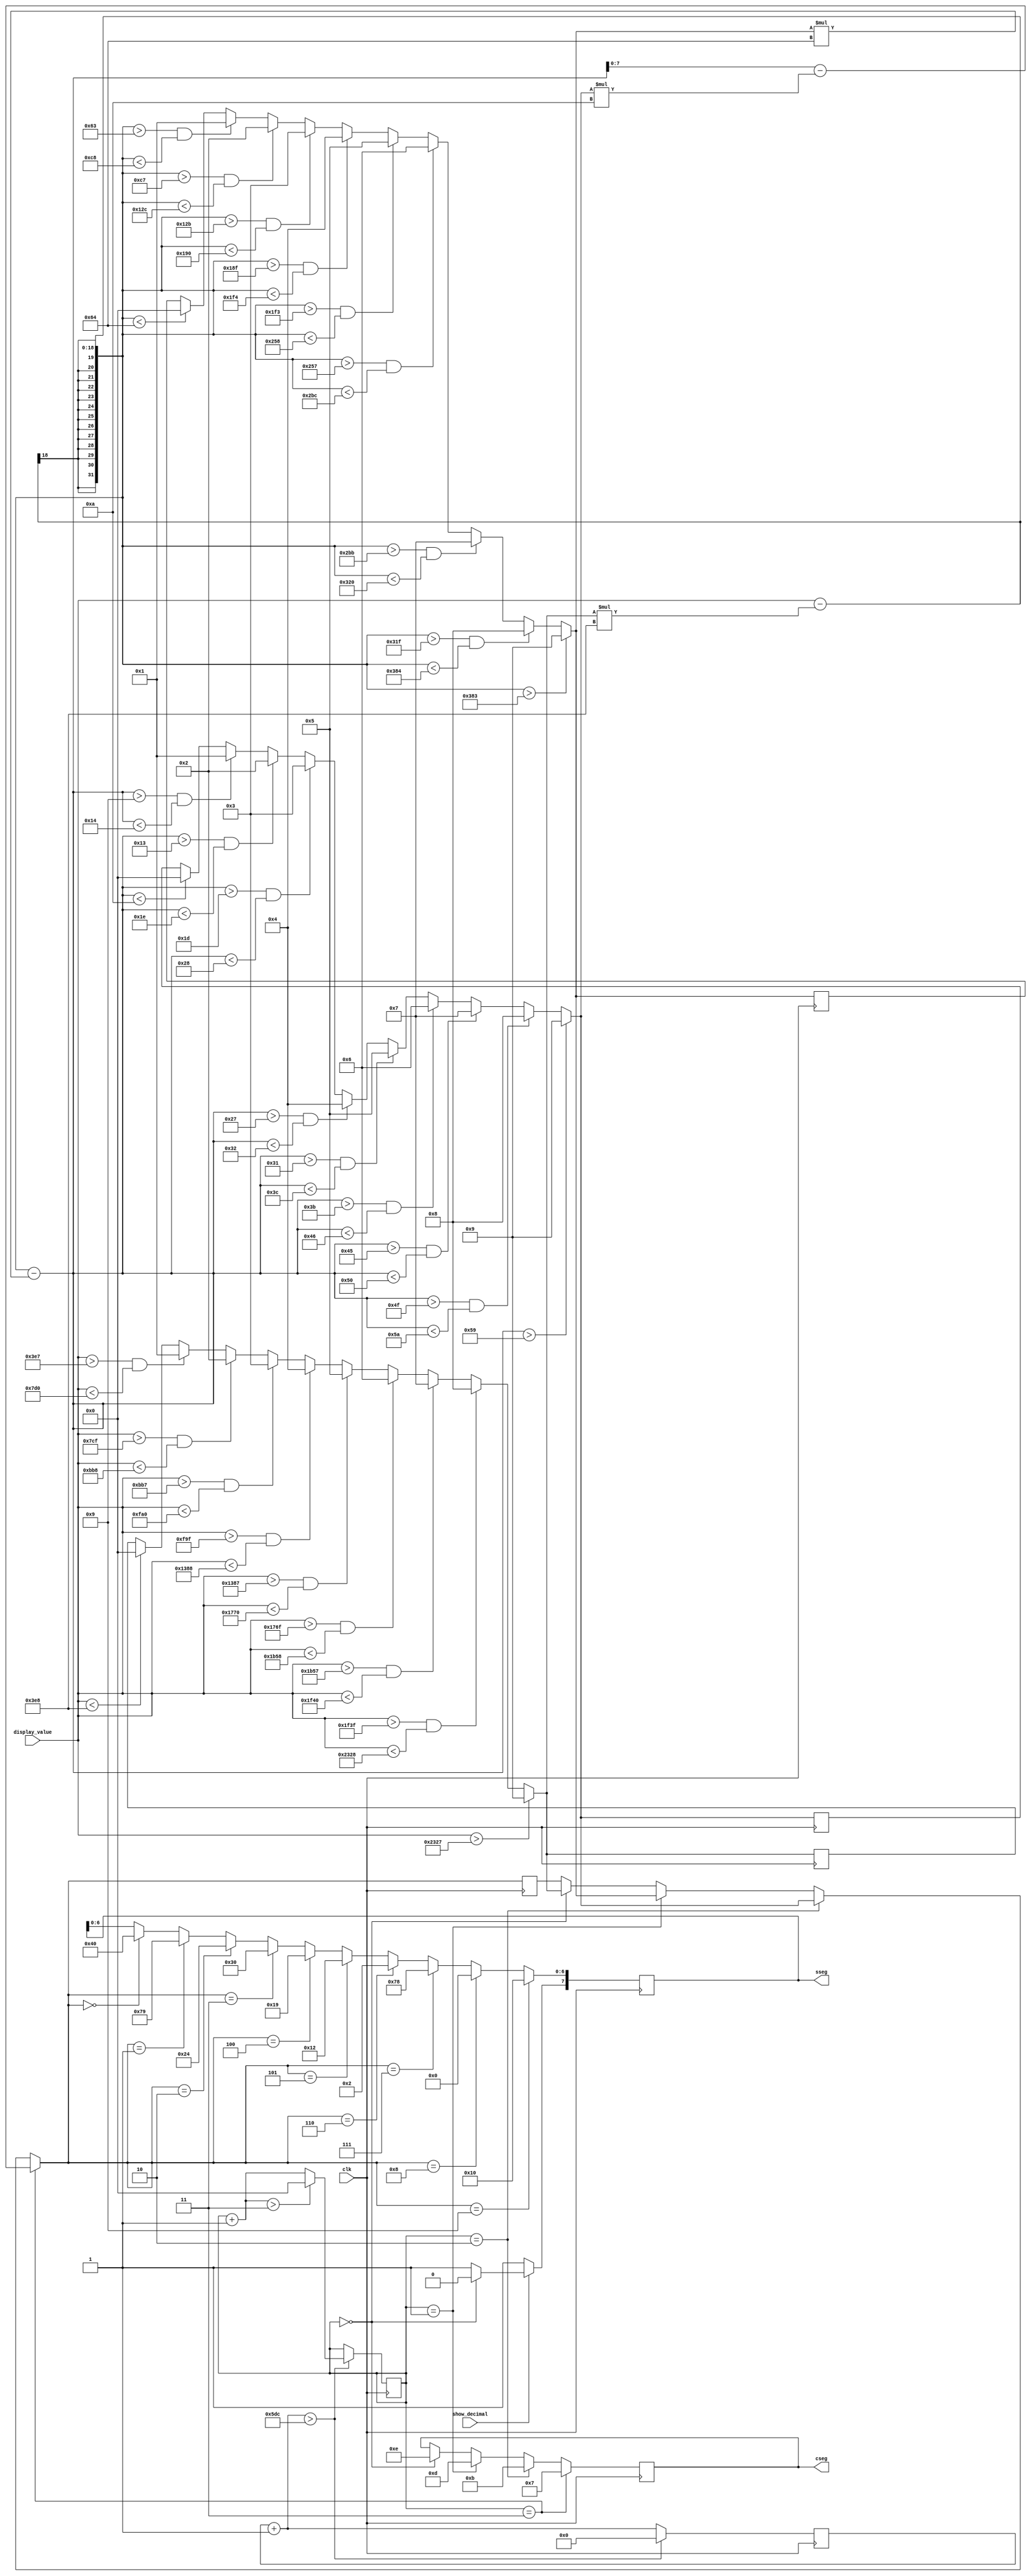
`timescale 1ns / 1ps
/**********************************************************************
 Copyright (c) 2007-2014 Timothy Pearson <kb9vqf@pearsoncomputing.net>

 This program is free software; you can redistribute it and/or modify
 it under the terms of the GNU General Public License as published by
 the Free Software Foundation; version 2.

 This program is distributed in the hope that it will be useful,
 but WITHOUT ANY WARRANTY; without even the implied warranty of
 MERCHANTABILITY or FITNESS FOR A PARTICULAR PURPOSE.  See the
 GNU General Public License for more details.

 You should have received a copy of the GNU General Public License
 along with this program; if not, write to the Free Software
 Foundation, Inc., 59 Temple Place - Suite 330, Boston, MA
 02111-1307, USA
**********************************************************************/

module seven_segment_output(
	//input wires
	input wire clk,
	input wire [13:0] display_value,
	input wire show_decimal,

	//output regs
	output reg [7:0] sseg,		// Give myself a 7-segment display register
	output reg [3:0] cseg		// Give myself a 7-segment control register
	);

	reg [17:0] digit4_thousands;
	reg [14:0] digit3_hundreds;

	reg [7:0] sevenseg_multiplex = 0;
	reg [7:0] digit1 = 0;
	reg [7:0] digit2 = 0;
	reg [7:0] digit3 = 0;
	reg [7:0] digit4 = 0;
	reg [7:0] nextseg = 0;
	reg [15:0] sevenseg_delay = 0;

	// Display the current contents of the display_value register on the 7seg display.
	always @(posedge clk) begin		
		if (display_value < 1000) digit4 = 0;
		if ((display_value > 999) && (display_value < 2000)) digit4 = 1;
		if ((display_value > 1999) && (display_value < 3000)) digit4 = 2;
		if ((display_value > 2999) && (display_value < 4000)) digit4 = 3;
		if ((display_value > 3999) && (display_value < 5000)) digit4 = 4;
		if ((display_value > 4999) && (display_value < 6000)) digit4 = 5;
		if ((display_value > 5999) && (display_value < 7000)) digit4 = 6;
		if ((display_value > 6999) && (display_value < 8000)) digit4 = 7;
		if ((display_value > 7999) && (display_value < 9000)) digit4 = 8;
		if (display_value > 8999) digit4 = 9;
		digit4_thousands = digit4 * 1000;

		if ((display_value - digit4_thousands) < 100) digit3 = 0;
		if (((display_value - digit4_thousands) > 99) && ((display_value - digit4_thousands) < 200)) digit3 = 1;
		if (((display_value - digit4_thousands) > 199) && ((display_value - digit4_thousands) < 300)) digit3 = 2;
		if (((display_value - digit4_thousands) > 299) && ((display_value - digit4_thousands) < 400)) digit3 = 3;
		if (((display_value - digit4_thousands) > 399) && ((display_value - digit4_thousands) < 500)) digit3 = 4;
		if (((display_value - digit4_thousands) > 499) && ((display_value - digit4_thousands) < 600)) digit3 = 5;
		if (((display_value - digit4_thousands) > 599) && ((display_value - digit4_thousands) < 700)) digit3 = 6;
		if (((display_value - digit4_thousands) > 699) && ((display_value - digit4_thousands) < 800)) digit3 = 7;
		if (((display_value - digit4_thousands) > 799) && ((display_value - digit4_thousands) < 900)) digit3 = 8;
		if ((display_value - digit4_thousands) > 899) digit3 = 9;
		digit3_hundreds = digit3 * 100;

		if ((display_value - digit4_thousands - digit3_hundreds) < 10) digit2 = 0;
		if (((display_value - digit4_thousands - digit3_hundreds) > 9) && ((display_value - digit4_thousands - digit3_hundreds) < 20)) digit2 = 1;
		if (((display_value - digit4_thousands - digit3_hundreds) > 19) && ((display_value - digit4_thousands - digit3_hundreds) < 30)) digit2 = 2;
		if (((display_value - digit4_thousands - digit3_hundreds) > 29) && ((display_value - digit4_thousands - digit3_hundreds) < 40)) digit2 = 3;
		if (((display_value - digit4_thousands - digit3_hundreds) > 39) && ((display_value - digit4_thousands - digit3_hundreds) < 50)) digit2 = 4;
		if (((display_value - digit4_thousands - digit3_hundreds) > 49) && ((display_value - digit4_thousands - digit3_hundreds) < 60)) digit2 = 5;
		if (((display_value - digit4_thousands - digit3_hundreds) > 59) && ((display_value - digit4_thousands - digit3_hundreds) < 70)) digit2 = 6;
		if (((display_value - digit4_thousands - digit3_hundreds) > 69) && ((display_value - digit4_thousands - digit3_hundreds) < 80)) digit2 = 7;
		if (((display_value - digit4_thousands - digit3_hundreds) > 79) && ((display_value - digit4_thousands - digit3_hundreds) < 90)) digit2 = 8;
		if ((display_value - digit4_thousands - digit3_hundreds) > 89) digit2 = 9;

		digit1 = display_value - digit4_thousands - digit3_hundreds - (digit2 * 10);
		
		if (sevenseg_multiplex == 0) begin
			nextseg = digit4;
			cseg = 14;
		end
		if (sevenseg_multiplex == 1) begin
			nextseg = digit3;
			cseg = 13;
		end
		if (sevenseg_multiplex == 2) begin
			nextseg = digit2;
			cseg = 11;
		end
		if (sevenseg_multiplex == 3) begin
			nextseg = digit1;
			cseg = 7;
		end

		if (nextseg == 0) begin
			sseg = 64;
		end
		if (nextseg == 1) begin
			sseg = 121;
		end
		if (nextseg == 2) begin
			sseg = 36;
		end
		if (nextseg == 3) begin
			sseg = 48;
		end
		if (nextseg == 4) begin
			sseg = 25;
		end
		if (nextseg == 5) begin
			sseg = 18;
		end				
		if (nextseg == 6) begin
			sseg = 2;
		end
		if (nextseg == 7) begin
			sseg = 120;
		end
		if (nextseg == 8) begin
			sseg = 0;
		end
		if (nextseg == 9) begin
			sseg = 16;
		end
		
		if (show_decimal == 1'b0) begin
			sseg[7] = 1;
		end else begin
			// Illuminate the correct decimal point
			if (sevenseg_multiplex == 0) begin
				sseg[7] = 0;
			end else begin
				sseg[7] = 1;
			end
		end
		
		// loop controller
		sevenseg_delay = sevenseg_delay + 1;
		if (sevenseg_delay > 1500) begin
			sevenseg_delay = 0;
			sevenseg_multiplex = sevenseg_multiplex + 1;
			if (sevenseg_multiplex > 3) begin
				sevenseg_multiplex = 0;
			end
		end
	end

endmodule